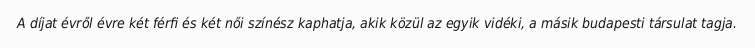
A díjat évről évre két férfi és két női színész kaphatja, akik közül az egyik vidéki, a másik budapesti társulat tagja.